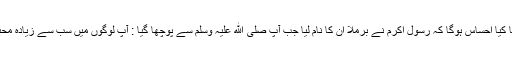
– عائشة رضی اللہ عنھا کا کیا احساس ہوگا کہ رسولِ اکرم نے برملا اُن کا نام لیا جب آپ صلی الله علیہ وسلم سے پوچھا گیا : آپ لوگوں میں سب سے زیادە محبت کس سے رکھتے ہیں ؟